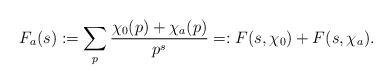
LaTeX: \begin{align*}F_a(s):=\sum_{p} \frac{\chi_0(p)+\chi_a(p)}{p^s}=: F(s, \chi_0)+F(s, \chi_a).\end{align*}